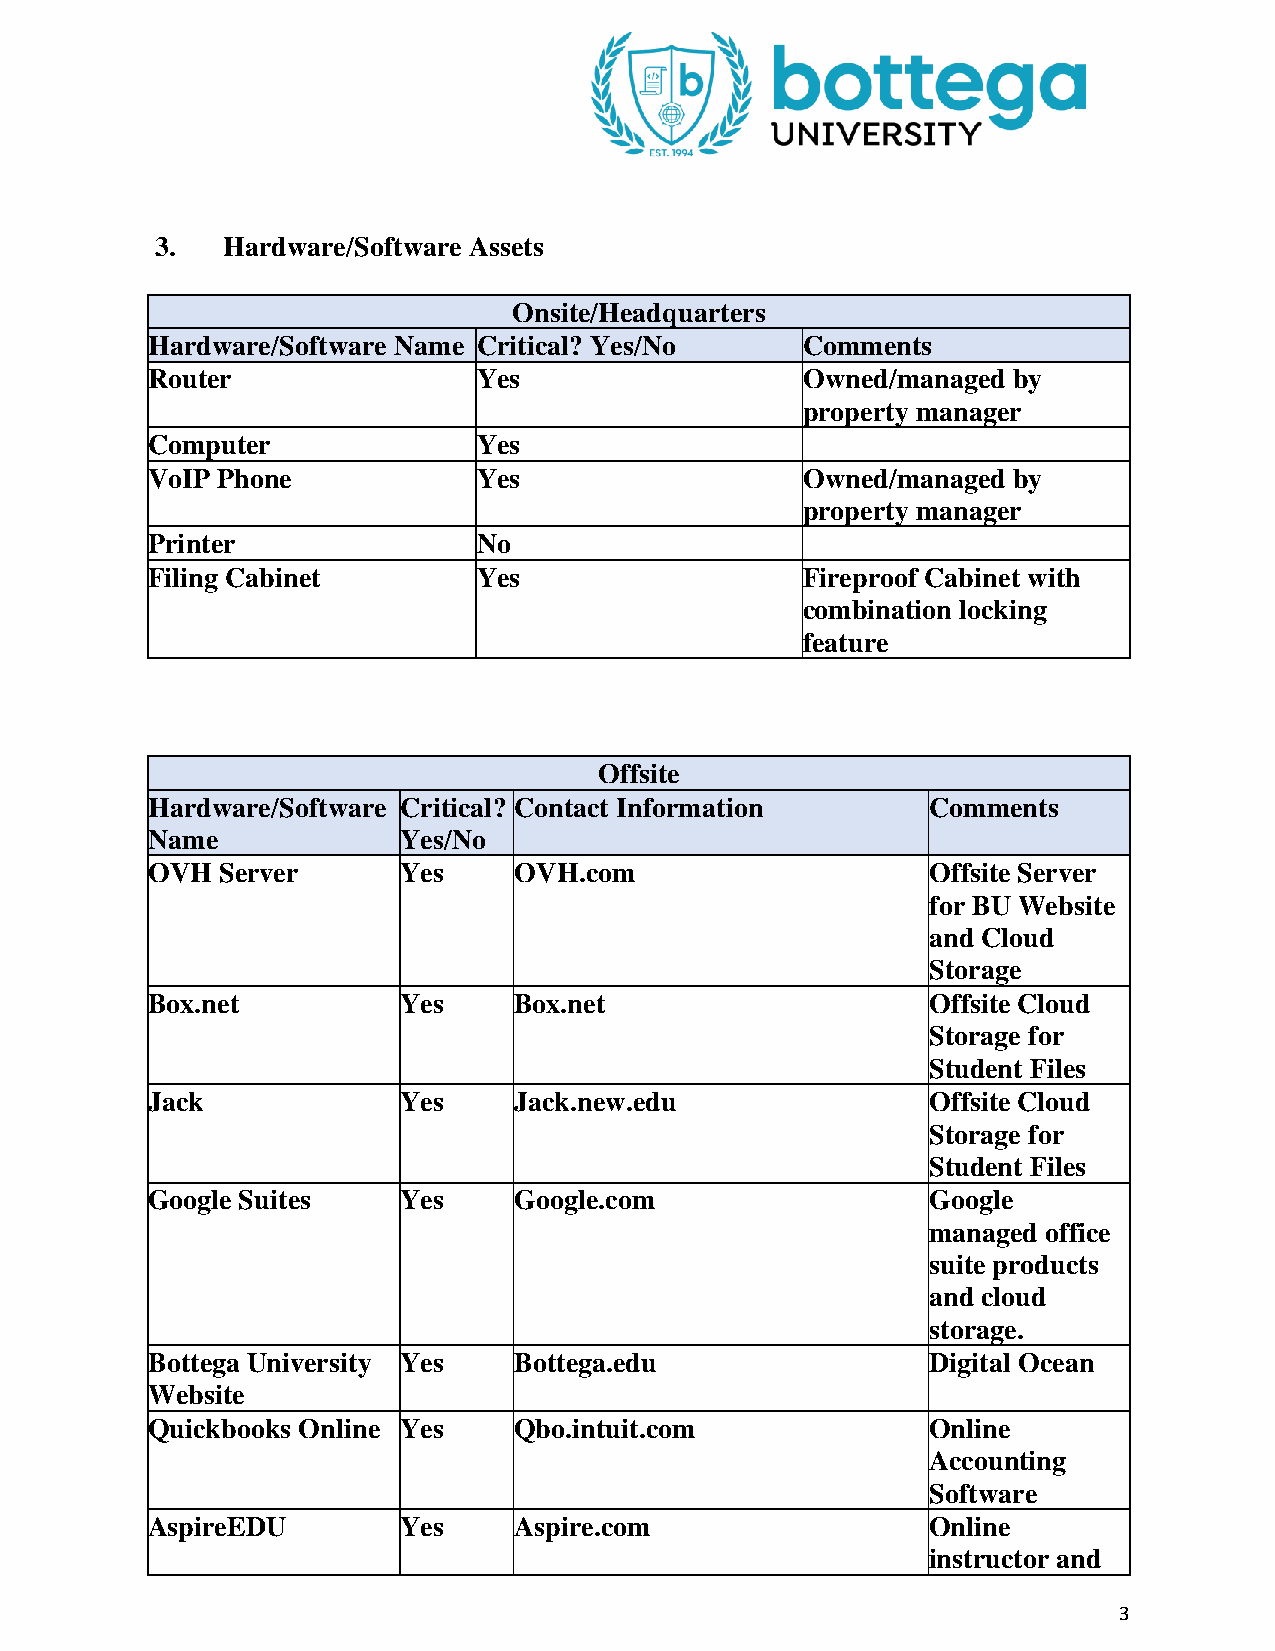
3.   Hardware/Software Assets
 Onsite/Headquarters
 Hardware/Software Name Critical? Yes/No    Comments
 Router                Yes                  Owned/managed by
 property manager
 Computer              Yes
 VoIP Phone            Yes                  Owned/managed by
 property manager
 Printer               No
 Filing Cabinet        Yes                  Fireproof Cabinet with
 combination locking
 feature
 Offsite
 Hardware/Software Critical? Contact Information     Comments
 Name            Yes/No
 OVH  Server     Yes     OVH.com                     Offsite Server
 for BU Website
 and Cloud
 Storage
 Box.net         Yes     Box.net                     Offsite Cloud
 Storage for
 Student Files
 Jack            Yes     Jack.new.edu                Offsite Cloud
 Storage for
 Student Files
 Google Suites   Yes     Google.com                  Google
 managed office
 suite products
 and cloud
 storage.
 Bottega University Yes  Bottega.edu                 Digital Ocean
 Website
 Quickbooks Online Yes   Qbo.intuit.com              Online
 Accounting
 Software
 AspireEDU       Yes     Aspire.com                  Online
 instructor and
 3